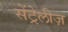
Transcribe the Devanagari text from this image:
सेंट्रेलीज़